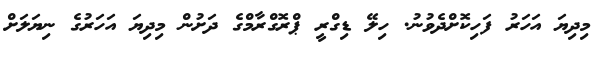
މިދިޔަ އަހަރު ފަހިކޮށްދެވުނު. ހިލޭ ޑިގްރީ ޕްރޮގްރާމްގެ ދަށުން މިދިޔަ އަހަރުގެ ނިޔަލަށް